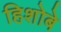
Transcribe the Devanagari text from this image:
हिशोबे